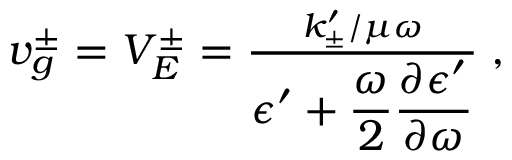
\begin{array} { r } { v _ { g } ^ { \pm } = V _ { E } ^ { \pm } = \frac { { k _ { \pm } ^ { \prime } / \mu \omega } } { \displaystyle \epsilon ^ { \prime } + \frac { \omega } { 2 } \frac { \partial \epsilon ^ { \prime } } { \partial \omega } } \; , } \end{array}